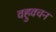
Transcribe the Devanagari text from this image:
वहुवचन